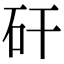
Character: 矸